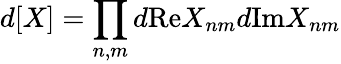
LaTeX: d[X]=\prod_{n,m}d\mathrm{Re}X_{nm}d\mathrm{Im}X_{nm}